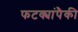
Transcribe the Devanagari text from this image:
फटक्यांपैकी